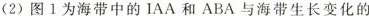
(2) 图1为海带中的IAA和ABA与海带生长变化的___